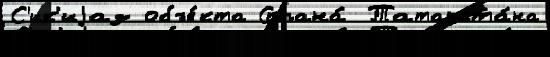
С'ик'иjаз объе́кта Страна́ Татарста́на